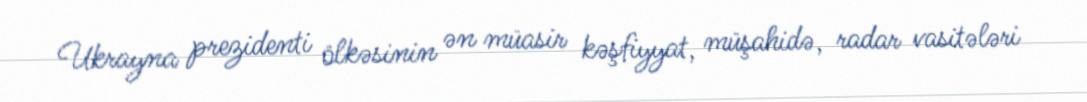
Ukrayna prezidenti ölkəsinin ən müasir kəşfiyyat, müşahidə, radar vasitələri